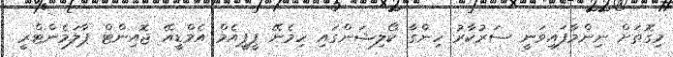
މިގޮތަށް ނިންމާފައިވަނީ ސަރުކާރު ހިންގާ ކޯލިޝަންގައި ހިމެނޭ ޕީޕީއެމް އެމްޑީއޭ ޖޮއިންޓް ޕާލަމެންޓްރީ